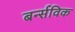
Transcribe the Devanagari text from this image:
बर्न्सविक